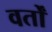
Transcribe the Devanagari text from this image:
वर्तों